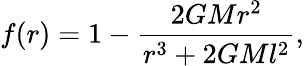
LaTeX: f(r)=1-\frac{2GMr^{2}}{r^{3}+2GMl^{2}},